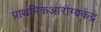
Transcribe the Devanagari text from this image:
प्राथमिकआरोग्यकेंद्र